Lunatic asylums United Provinces 1909-1921 - 1909-1921
Year: 1909
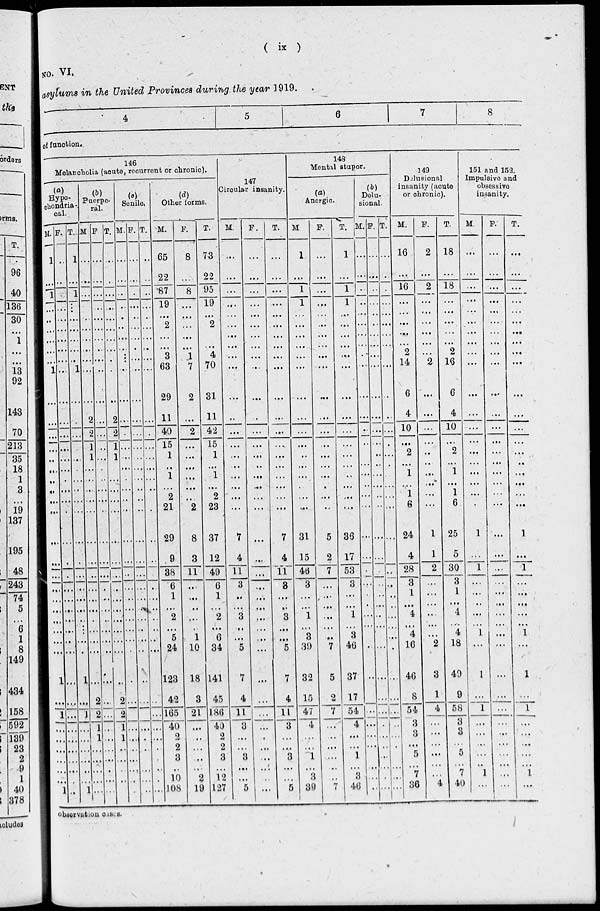
(
ix
)
NO. VI.
asylums in the United Provinces during, the year 1919.
4
5
6
7
8
of function.
146
Melancholia (acute, recurrent or chronic).
(a)
Hypo-
chondria-
cal.
M.
1
...
1
...
...
…
…
…
...
1
…
...
…
…
…
...
…
…
…
…
…
...
…
…
…
…
…
…
…
…
1
...
1
…
...
…
…
...
…
1
F.
..
…
…
…
...
…
…
…
...
...
…
...
...
...
…
...
...
...
…
…
…
.
…
…
…
…
…
…
…
…
...
...
...
…
...
…
…
...
…
...
T
1
…
1
…
...
…
…
…
...
1
…
...
...
...
…
...
...
…
…
…
…
.
…
…
…
…
…
.
…
…
1
...
1
…
...
…
…
...
…
1
(b)
Puerpe-
ral.
M.
…
…
...
…
…
…
…
…
...
...
…
2
2
1
1
...
...
…
…
…
…
...
…
…
…
…
…
…
…
…
...
2
2
1
1
…
…
...
…
…
F.
…
…
...
…
...
…
…
…
...
...
…
...
...
...
...
...
...
...
…
…
…
...
…
…
…
…
…
…
…
…
...
...
...
...
...
…
…
...
…
…
T.
…
…
...
…
...
…
…
…
...
...
…
2
2
1
1
…
...
...
…
…
…
...
…
…
…
…
…
…
…
…
...
2
2
1
1
…
…
...
…
…
(c)
Senile.
M.
…
…
...
…
…
…
…
…
...
...
…
…
...
...
...
...
…
...
…
…
…
...
…
…
…
…
…
…
…
…
...
…
…
…
...
…
…
...
…
.
F.
…
...
.
…
...
…
…
…
...
...
…
…
...
...
...
...
...
...
…
…
…
...
…
…
…
…
…
…
…
…
...
…
…
…
.
…
…
...
…
…
T.
…
…
..
…
…
…
…
…
...
...
…
…
...
...
...
...
...
…
…
.
…
...
…
…
…
…
…
…
…
…
…
…
...
…
...
...
…
...
…
…
(d)
Other forms.
M.
65
22
87
19
...
2
…
…
3
63
29
11
40
15
1
...
1
...
2
21
29
9
38
6
1
...
2
...
5
24
123
42
165
40
2
2
3
..
10
108
F.
8
...
8
...
...
...
...
...
1
7
2
...
2
...
...
...
...
...
...
2
8
3
11
...
...
...
...
..
1
10
18
3
21
...
...
...
...
...
2
19
T.
73
22
95
19
...
2
…
...
4
70
31
11
42
15
1
...
1
...
2
23
37
12
49
6
1
...
2
...
6
34
141
45
186
40
2
2
3
...
12
127
147
Circular insanity.
M.
...
...
…
...
...
...
...
...
...
...
…
…
...
...
...
...
...
...
...
...
7
4
11
3
...
...
3
...
...
5
7
4
11
3
...
...
3
...
...
5
F.
...
...
...
...
...
...
...
...
...
...
...
...
...
...
...
...
...
...
...
...
...
...
...
...
...
...
...
...
...
...
...
...
...
...
...
...
...
...
...
...
T.
...
...
...
...
…
...
...
...
...
...
...
...
...
...
...
...
...
...
...
...
7
4
11
3
...
...
3
...
...
5
7
4
11
3
...
...
3
...
...
5
148
Mental stupor.
(a)
Anergic.
M
1
...
1
1
...
...
...
...
...
...
...
…
...
...
..
...
...
...
...
...
31
15
40
3
...
...
1
...
3
39
32
15
47
4
...
...
1
...
3
39
F.
...
...
...
...
...
...
...
...
...
...
...
…
...
...
...
...
...
...
5
2
7
...
...
...
...
...
...
7
5
2
7
...
...
..
...
7
T.
1
...
1
1
...
...
...
...
...
...
...
...
...
...
...
...
..
...
...
...
36
17
53
3
...
...
1
...
3
46
37
17
54
4
...
...
...
...
3
46
(b)
Delu-
sional.
M.
...
...
…
…
…
...
...
...
…
…
…
…
...
...
...
...
...
...
...
...
...
...
...
...
...
...
...
...
...
...
...
...
...
...
...
...
...
...
...
F.
...
...
…
…
…
…
...
...
…
...
…
…
...
...
...
...
...
...
...
...
...
...
...
..
...
...
...
...
...
...
...
...
...
...
...
...
...
...
...
T.
…
…
…
...
...
...
...
…
...
…
…
...
...
...
...
...
...
...
...
...
...
..
...
...
...
...
...
.
...
...
...
...
...
.
...
...
...
...
149
Delusional
insanity (acute
or chronic).
M.
16
...
16
...
...
...
...
...
2
14
6
4
10
...
2
...
1
....
1
6
24
4
28
3
1
...
4
...
4
16
46
8
54
3
3
...
5
...
7
36
F.
2
...
2
...
...
...
...
...
...
2
...
...
...
...
..
...
...
...
...
...
1
1
2
...
...
...
...
...
...
2
3
1
4
...
...
...
...
...
...
4
T.
18
...
18
…
...
…
...
...
2
16
6
4
10
...
2
...
1
...
1
6
25
5
30
3
1
...
4
...
4
18
49
9
58
3
3
...
5
...
7
40
151 and 152.
Impulsive and
obsessive
insanity.
M.
…
...
...
...
...
...
...
...
...
…
...
...
...
...
...
...
...
...
...
.
1
...
1
...
...
..
...
...
1
...
1
...
1
...
...
...
...
..
1
...
F.
…
…
…
…
…
…
…
…
…
…
…
…
…
…
…
…
…
…
…
…
…
…
…
…
…
…
…
…
…
…
…
…
…
…
…
…
…
…
…
…
T.
...
...
...
...
...
...
...
...
...
...
...
...
...
...
...
...
...
...
...
...
1
...
1
...
...
...
...
...
1
...
1
...
1
...
...
...
...
...
1
...
observation cases.